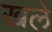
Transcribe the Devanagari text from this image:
खले